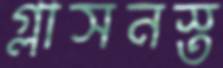
গ্লাসনস্ত